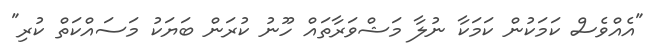
"އެއްވެސް ކަމަކުން ކަމަކާ ނުލާ މަޝްވަރާތައް ހޫނު ކުރަން ބަޔަކު މަސައްކަތް ކުރި"